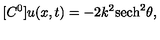
[ C ^ { 0 } ] u ( x , t ) = - 2 k ^ { 2 } \mathrm { s e c h } ^ { 2 } \theta ,